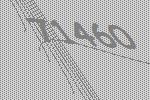
71460